Annual report of the Civil Veterinary Department, Bengal, for the year 1897-98 - 1897-1898
Year: 1897
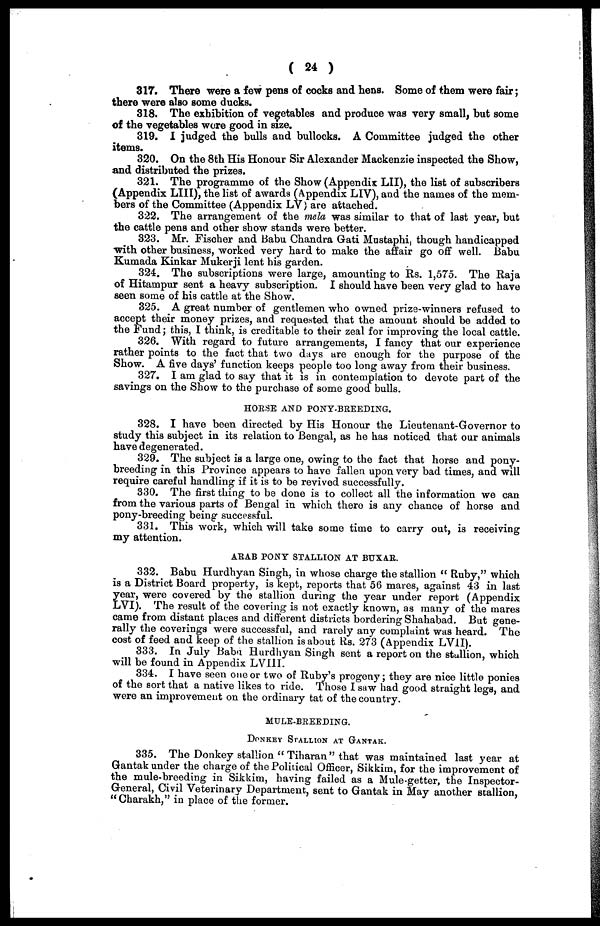
( 24 )
317. There were a few pens of cocks and hens. Some of them were fair;
there were also some ducks.
318. The exhibition of vegetables and produce was very small, but some
of the vegetables wore good in size.
319. I judged the bulls and bullocks. A Committee judged the other
items.
320. On the 8th His Honour Sir Alexander Mackenzie inspected the Show,
and distributed the prizes.
321. The programme of the Show (Appendix LII), the list of subscribers
(Appendix LIII), the list of awards (Appendix LIV), and the names of the mem-
bers of the Committee (Appendix LV) are attached.
322. The arrangement of the mela was similar to that of last year, but
the cattle pens and other show stands were better.
323. Mr. Fischer and Babu Chandra Gati Mustaphi, though handicapped
with other business, worked very hard to make the affair go off well. Babu
Kumada Kinkar Mukerji lent his garden.
324. The subscriptions were large, amounting to Rs. 1,575. The Raja
of Hitampur sent a heavy subscription. I should have been very glad to have
seen some of his cattle at the Show.
325. A great number of gentlemen who owned prize-winners refused to
accept their money prizes, and requested that the amount should be added to
the Fund; this, I think, is creditable to their zeal for improving the local cattle.
326. With regard to future arrangements, I fancy that our experience
rather points to the fact that two days are enough for the purpose of the
Show. A five days' function keeps people too long away from their business.
327. I am glad to say that it is in contemplation to devote part of the
savings on the Show to the purchase of some good bulls.
HORSE AND PONY-BREEDING.
328. I have boon directed by His Honour the Lieutenant-Governor to
study this subject in its relation to Bengal, as he has noticed that our animals
have degenerated.
329. The subject is a large one, owing to the fact that horse and pony-
breeding in this Province appears to have fallen upon very bad times, and will
require careful handling if it is to be revived successfully.
330. The first thing to be done is to collect all the information we can
from the various parts of Bengal in which there is any chance of horse and
pony-breeding being successful.
331. This work, which will take some time to carry out, is receiving
my attention.
ARAB PONY STALLION AT BUXAR.
332. Babu Hurdhyan Singh, in whose charge the stallion "Ruby," which
is a District Board property, is kept, reports that 56 mares, against 43 in last
year, were covered by the stallion during the year under report (Appendix
LVI). The result of the covering is not exactly known, as many of the mares
came from distant places and different districts bordering Shahabad. But gene-
rally the coverings were successful, and rarely any complaint was heard. The
cost of feed and keep of the stallion is about Rs. 273 (Appendix LV1I).
333. In July Babu Hurdhyan Singh sent a report on the stallion, which
will be found in Appendix LVIII.
334. I have seen one or two of Ruby's progeny; they are nice little ponies
of the sort that a native likes to ride. Those I saw had good straight legs, and
wore an improvement on the ordinary tat of the country.
MULE-BREEDING.
DONKEY STALLION AT GANTAK.
335. The Donkey stallion "Tiharan" that was maintained last year at
Gantak under the charge of the Political Officer, Sikkim, for the improvement of
the mule-breeding in Sikkim, having failed as a Mule-getter, the Inspector-
General, Civil Veterinary Department, sent to Gantak in May another stallion,
"Charakh," in place of the former.